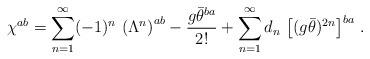
\begin{align*}\chi^{ab}=\sum_{n=1}^\infty(-1)^n\,\left(\Lambda^n\right)^{ab}-\frac{g\bar\theta^{ba}}{2!}+\sum_{n=1}^\infty d_n\,\left[(g\bar\theta)^{2n}\right]^{ba}\,.\end{align*}